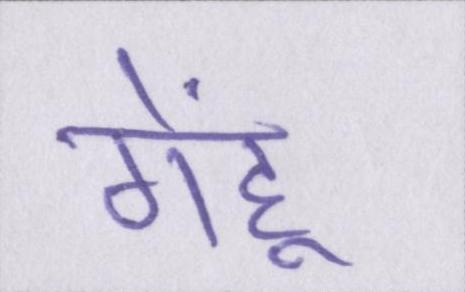
गेहूं